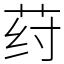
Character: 荮